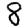
Digit: 8